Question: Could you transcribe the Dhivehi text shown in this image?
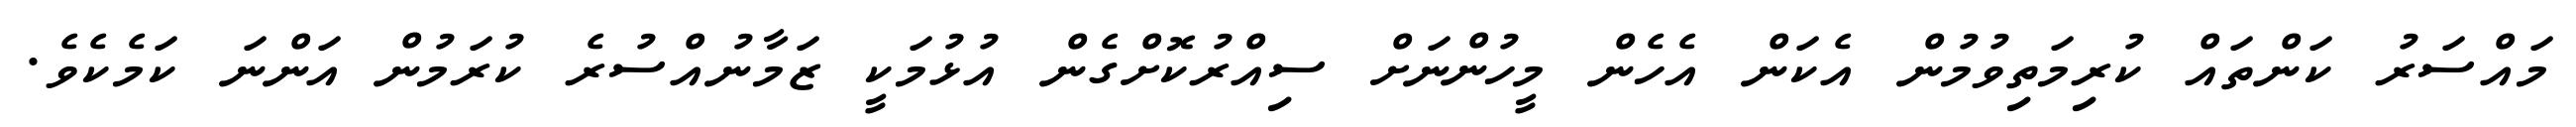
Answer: މައްސަރު ކަންތައް ކުރިމަތިވުމުން އެކަން އެހެން މީހުންނަށް ސިއްރުކޮށްގެން އުޅުމަކީ ޒަމާނުއްސުރެ ކުރަމުން އަންނަ ކަމެކެވެ.